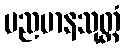
မညမာနသုတ္တံ